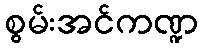
စွမ်းအင်ကဏ္ဍ